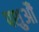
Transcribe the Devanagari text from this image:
पशुऔं